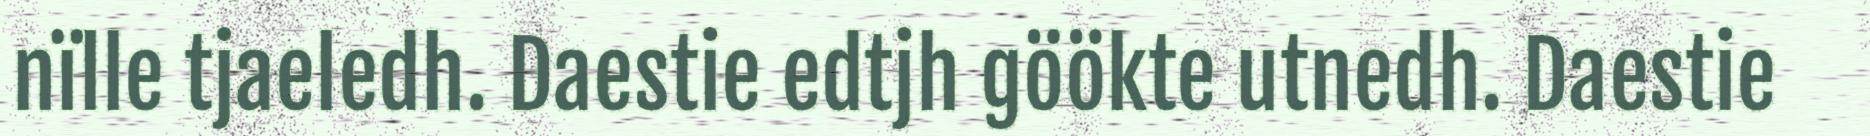
nïlle tjaeledh. Daestie edtjh göökte utnedh. Daestie